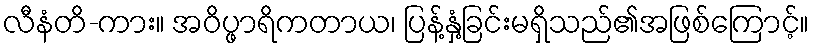
လီနံတိ-ကား။ အဝိပ္ဖာရိကတာယ၊ ပြန့်နှံ့ခြင်းမရှိသည်၏အဖြစ်ကြောင့်။